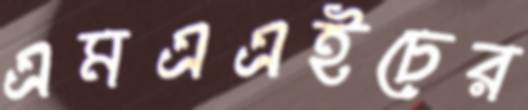
এমএএইচের